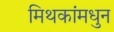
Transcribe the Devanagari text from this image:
मिथकांमधुन